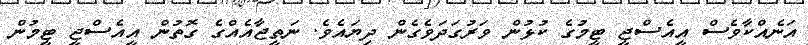
އަނެއްކާވެސް އީއެސްޖީ ޓީމުގެ ކުޅުން ވަރުގަދަވެގެން ދިޔައެވެ. ނަތީޖާއެއްގެ ގޮތުން އީއެސްޖީ ޓީމުން